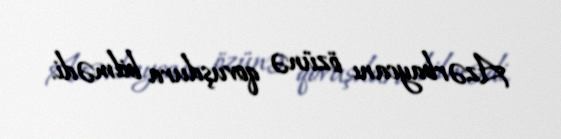
Azərbaycanı özünə qovuşdura bilmədi.